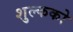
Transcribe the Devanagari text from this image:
शुल्कको